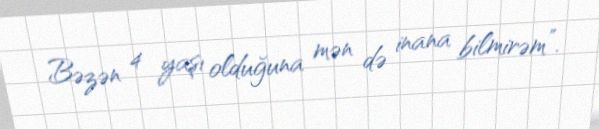
Bəzən 4 yaşı olduğuna mən də inana bilmirəm”.